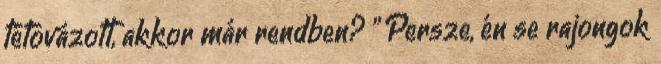
tétovázott, akkor már rendben? ” Persze, én se rajongok